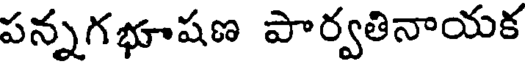
పన్నగభూషణ పార్వతినాయక